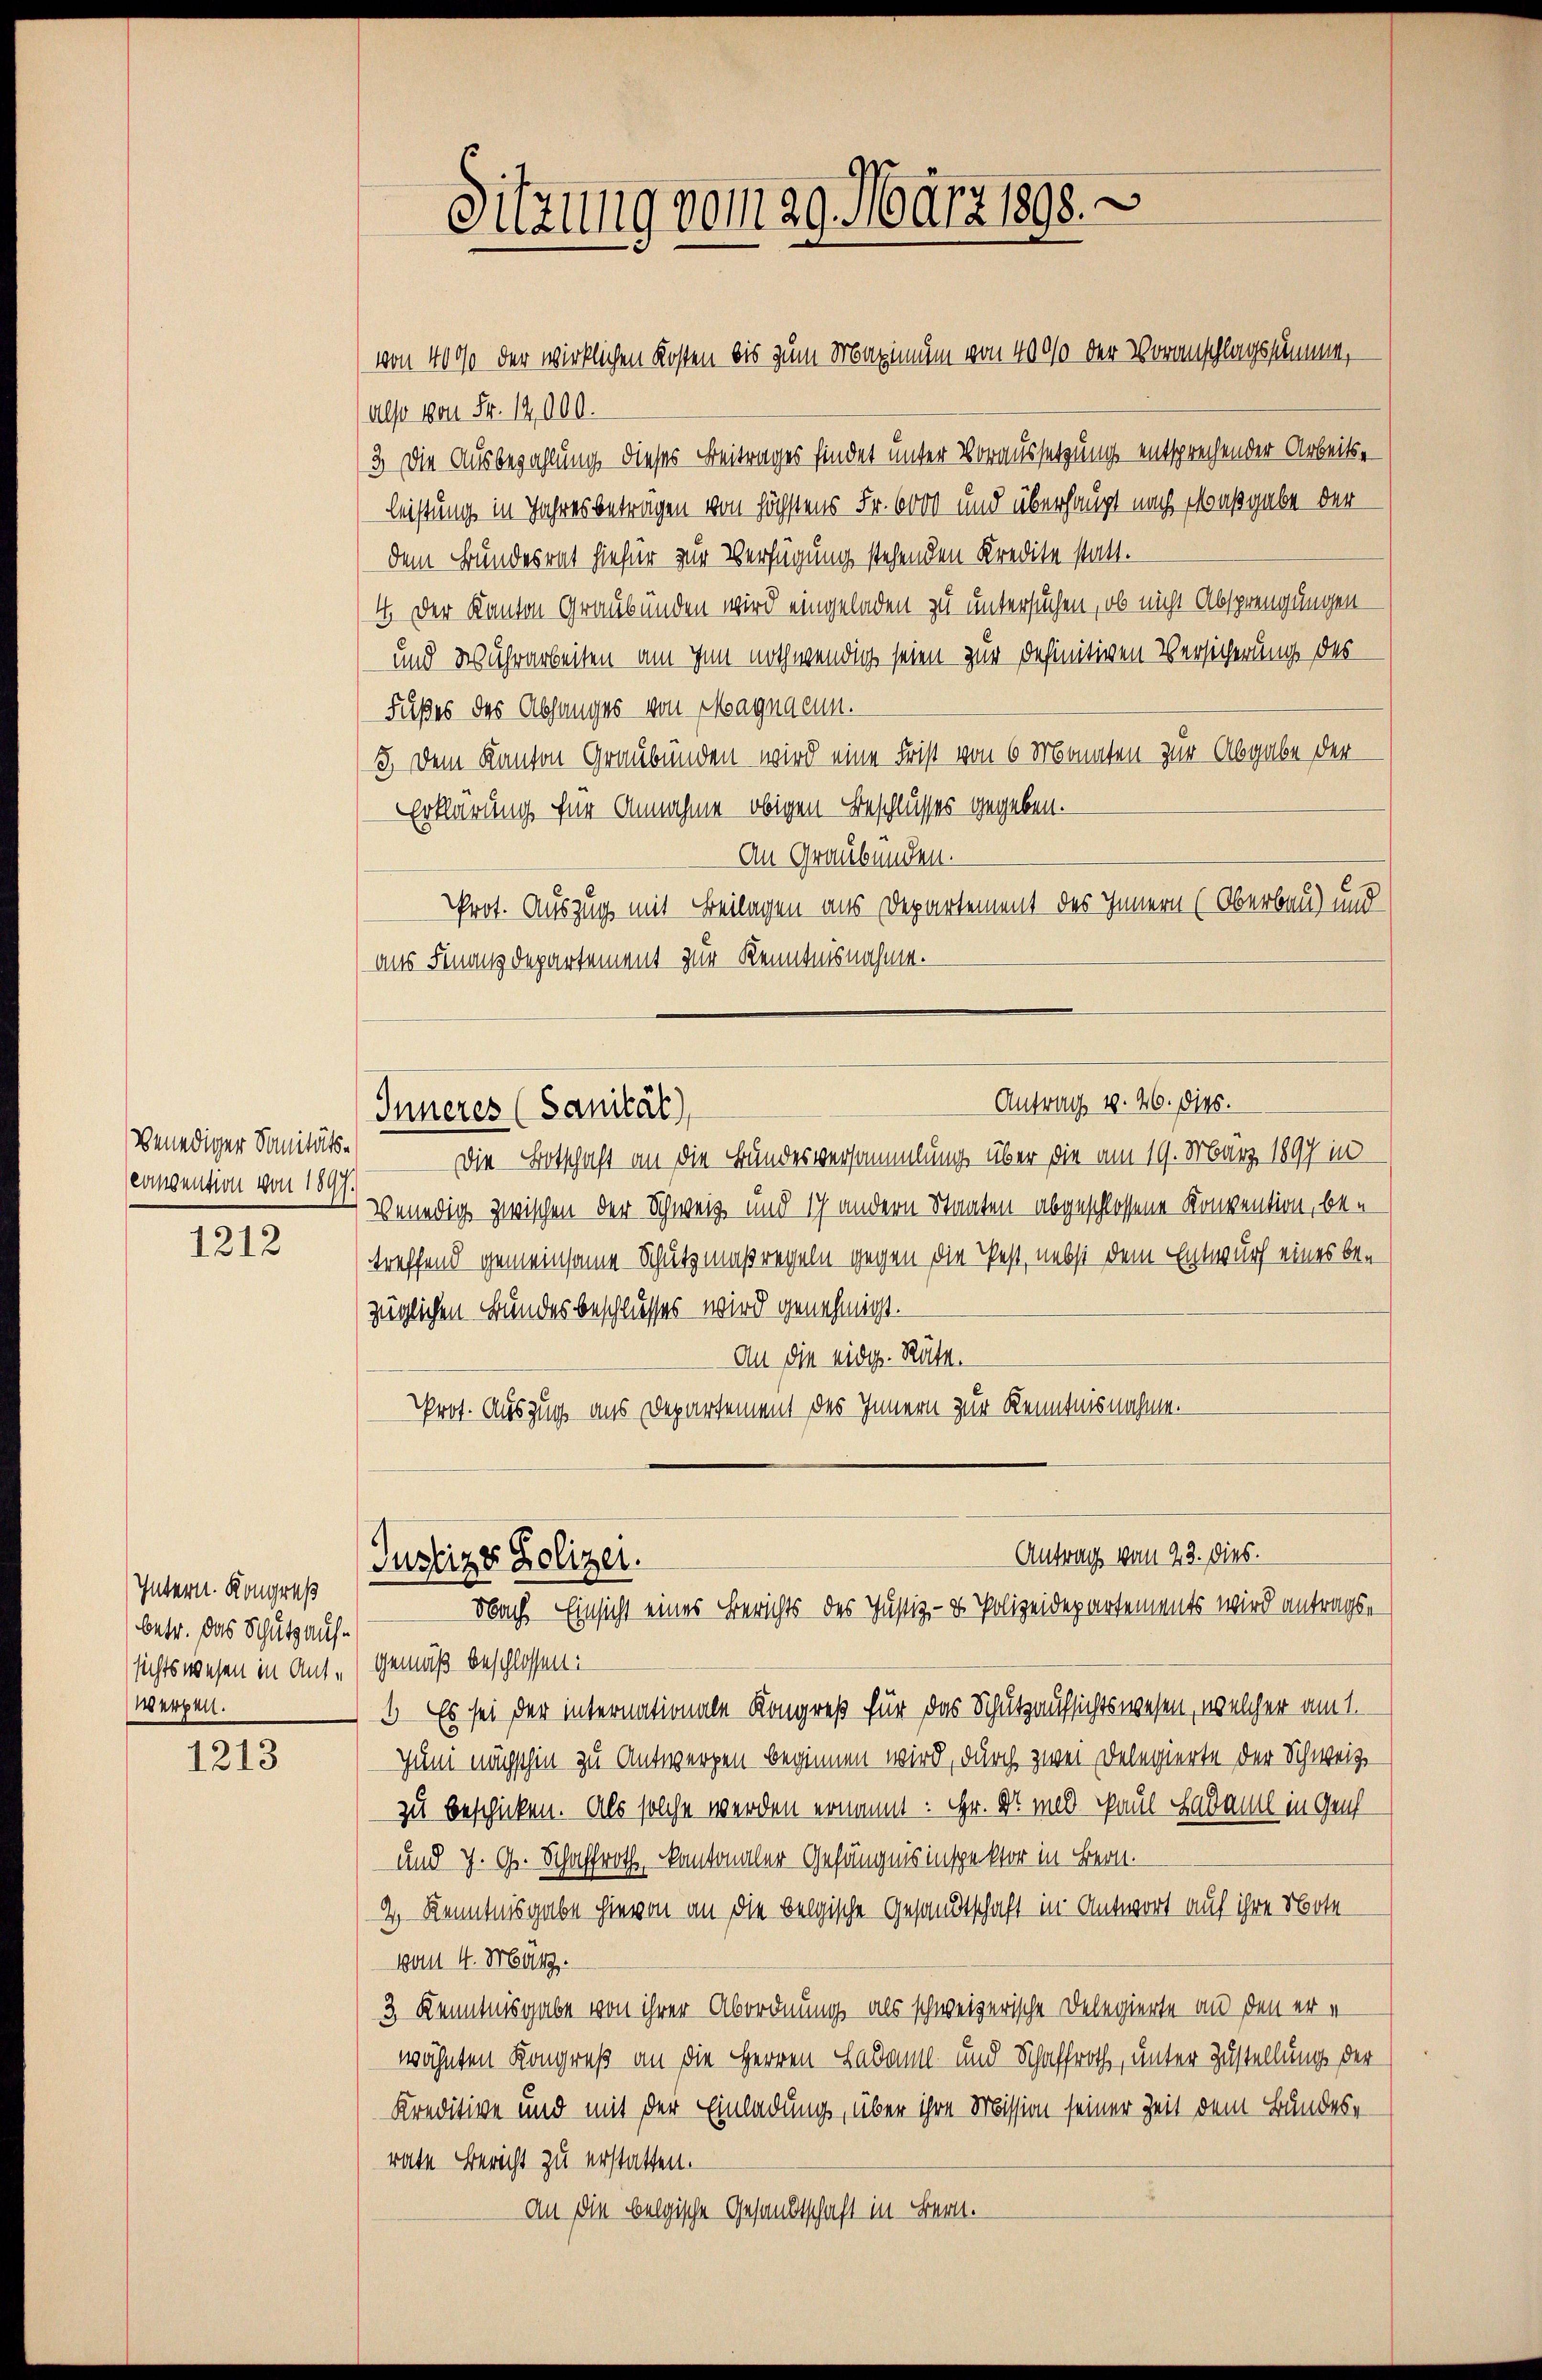
Benediger Sanitäts-
conpention von 1897.

1212

Intern. Kongreß
betr. das Schutz aufsichtswesen in Antwerken.

1213

von 4000 der wirklichen Kosten bis zum Maximum von 4000 der Voranschlagssumme,
(also von Fr. 12,000.
3. Die Ausbezahlung dieses Beitrages findet unter Voraussetzung entsprechender Arbeitsleistung in Jahres betragen von höchstens Fr. 6000 und überhaupt nach Maßgabe der
dem Bundesrat hiefür zur Verfügung stehenden Kredite statt.
4. Der Kanton Graubünden wird eingeladen zu untersuchen, ob nicht Absprengungen
und Wuhrarbeiten am Inn nothwendig seien zur Definitiven Versicherung des
Fußes des Abhanges von Magnaeum.
3.) Dem Kanton Graubünden wird eine Frist von 6 Monaten zur Abgabe der
Erklärung Ein Annahme obigen Beschlusses gegeben.
An Graubünden.
Prot. Auszug mit Beilagen aus Departement des Innern (Oberbau) und
aus Finanzdepartement zur Kenntnisnahme.

Sitzung vom 29. März 1898.

Die Botschaft an die Bundesversammlung über die am 19. März 1897 in
Venedig zwischen der Schweiz und ich andern Staaten abgeschlossene Konvention, be-
treffend gemeinsame Schutzmaßregeln gegen die Pest, nebst dem Entwurf eines be-
züglichen Bundesbeschlusses wird genehmigt.
An die eidg. Rüte.
Prot. Auszug aus Departement des Innern zur Kenntnisnahme.

Antrag 4. 46. Dies.
Inneres (Sanität)

Antrag vom 22. dies.
Justizs Polizei.
Nach Einsicht eines Berichts des Justiz- & Polizeidepartements wird antragse

gemäß beschlossen:
1 Es sei der internationale Kongreß für das Schutzaufsichtswesen, welcher am 1.
Juni nächschen zu Antworfen beginnen wird, durch zwei Delegierte der Schweize
zu beschicken. Als solche werden ernannt: Hr. Dr. und Paul Hadamel in Genf
und J. G. Schaffroth, kantonaler Gefängnis inspektor in Bern.
4) Kenntnisgabe hievon an die belgische Gesandtschaft in Antwort auf ihre Note
von 4. März.
3 Kenntnisgabe von ihrer Abordnung als schweizerische Delegierte an den er e
wähnten Kongreß an die Herren Ladam- und Schaffroth, unter Zustellung der
Kreditive und mit der Einladung, über ihre Mission seiner Zeit dem Bundes-
rate Bericht zu erstatten.
An die belgische Gesandtschaft in Bern.